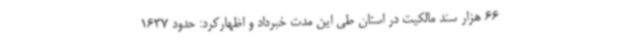
66 هزار سند مالکیت در استان طی این مدت خبرداد و اظهارکرد: حدود 1637